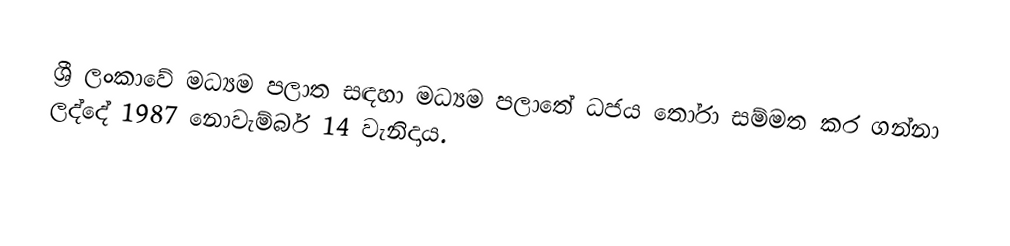
ශ්‍රී ලංකාවේ මධ්‍යම පලාත සඳහා  මධ්‍යම පලාතේ ධජය තෝරා සම්මත කර ගන්නා ලද්දේ 1987 නොවැම්බර් 14 වැනිදාය.